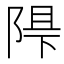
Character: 𲉓